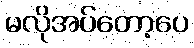
မလိုအပ်တော့ပေ